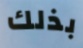
بذلك